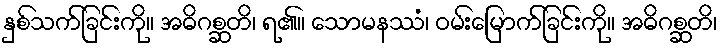
နှစ်သက်ခြင်းကို။ အဓိဂစ္ဆတိ၊ ရ၏။ သောမနဿံ၊ ဝမ်းမြောက်ခြင်းကို။ အဓိဂစ္ဆတိ၊